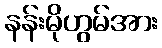
နန်းမိုဟွမ်အား